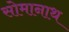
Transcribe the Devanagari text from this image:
सोमानाथ